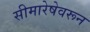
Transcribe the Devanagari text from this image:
सीमारेषेवरून